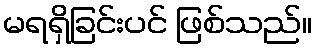
မရရှိခြင်းပင် ဖြစ်သည်။